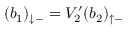
( b _ { 1 } ) _ { \downarrow - } = V _ { 2 } ^ { \prime } ( b _ { 2 } ) _ { \uparrow - }